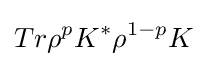
Tr\rho ^{p}K^{*}\rho ^{1-p}K